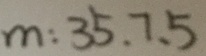
m : 3 5 . 7 、 5